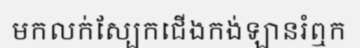
មកលក់ស្បែកជើងកង់ឡានរំឮក